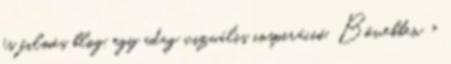
és filmes blog, egy adag vizuális inspiráció. Bővebben »